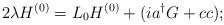
LaTeX: \begin{align*}2\lambda H^{(0)} = L_0 H^{(0)} +(i a^\dagger G +cc);\end{align*}